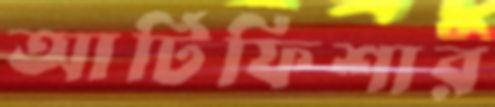
আর্টিফিশার